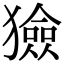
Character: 獫